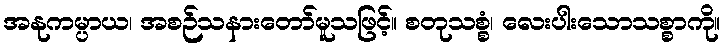
အနုကမ္ပာယ၊ အစဉ်သနားတော်မူသဖြင့်။ စတုသစ္စံ၊ လေးပါးသောသစ္စာကို။